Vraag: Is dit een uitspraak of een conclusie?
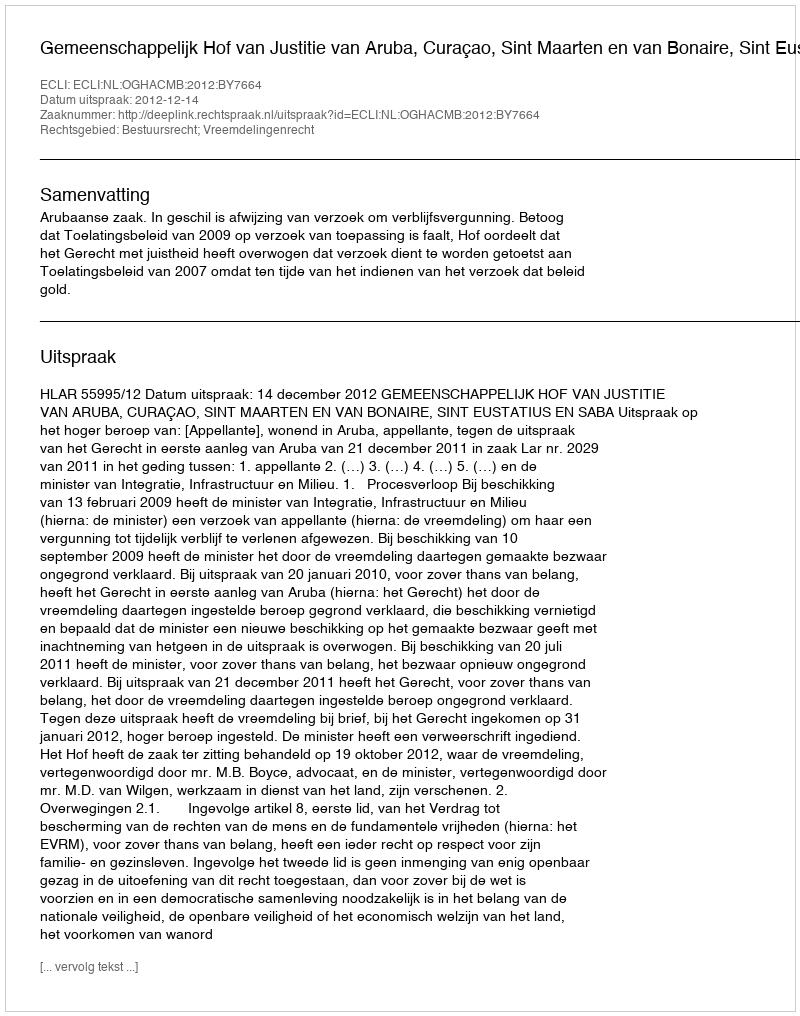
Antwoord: Uitspraak